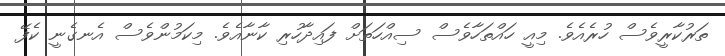
ތަރުކާރީވެސް ހުރެއެވެ. މިއީ ހައްތަހާވެސް ސިއްހަތަށް ފައިދާހުރި ކާނާއެވެ. މިކަމުންވެސް އެނގެނީ ކެފޭ